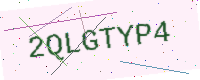
Text: 2QLGTYP4